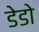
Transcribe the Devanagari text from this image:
डेडो